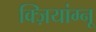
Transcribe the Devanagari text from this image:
क्ज़ियांग्नू